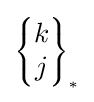
\scriptstyle {\left\{{\begin{matrix}k\\j\end{matrix}}\right\}_{\ast }}